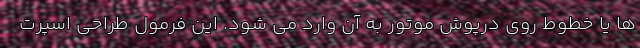
ها یا خطوط روی درپوش موتور به آن وارد می شود. این فرمول طراحی اسپرت